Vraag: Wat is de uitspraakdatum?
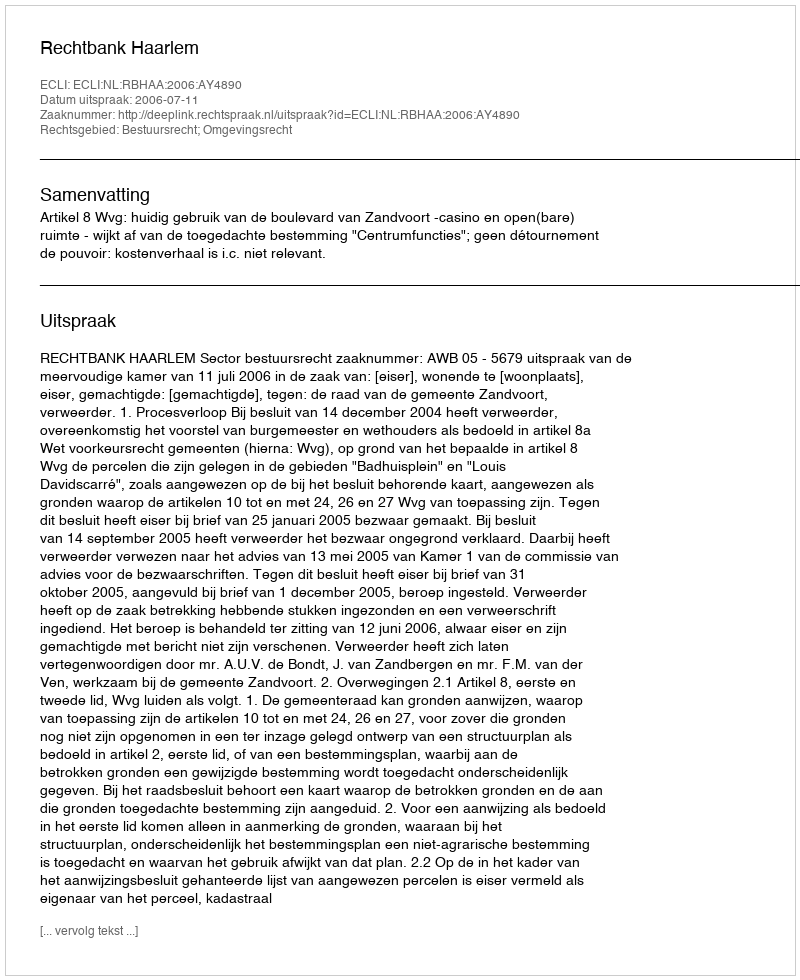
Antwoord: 2006-07-11